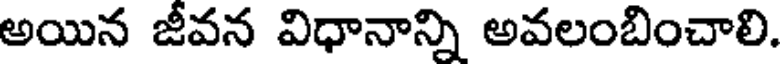
అయిన జీవన విధానాన్ని అవలంబించాలి.